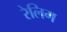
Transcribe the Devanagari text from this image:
रेलिग